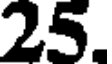
25.